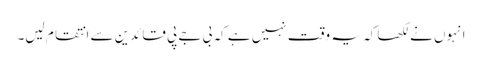
انہوں نے لکھا کہ یہ وقت نہیں ہے کہ بی جے پی قائدین سے انتقام لیں۔